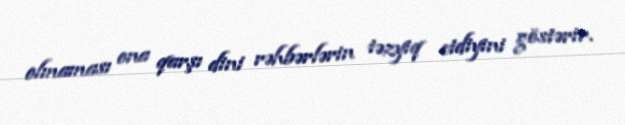
olmaması ona qarşı dini rəhbərlərin təzyiq etdiyini göstərir.